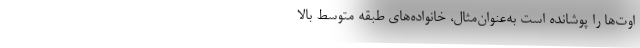
اوت‌ها را پوشانده است به‌عنوان‌مثال، خانواده‌های طبقه متوسط ‌بالا